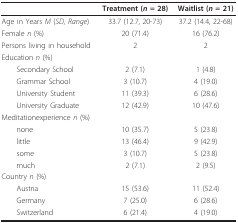
<table><thead><tr><td></td><td><b>Treatment (<i>n </i>= 28)</b></td><td><b>Waitlist (<i>n </i>= 21)</b></td></tr></thead><tbody><tr><td>Age in Years <i>M </i>(<i>SD, Range</i>)</td><td>33.7 (12.7, 20-73)</td><td>37.2 (14.4, 22-68)</td></tr><tr><td>Female <i>n </i>(%)</td><td>20 (71.4)</td><td>16 (76.2)</td></tr><tr><td>Persons living in household</td><td>2</td><td>2</td></tr><tr><td colspan="3">Education <i>n </i>(%)</td></tr><tr><td> Secondary School</td><td>2 (7.1)</td><td>1 (4.8)</td></tr><tr><td> Grammar School</td><td>3 (10.7)</td><td>4 (19.0)</td></tr><tr><td> University Student</td><td>11 (39.3)</td><td>6 (28.6)</td></tr><tr><td> University Graduate</td><td>12 (42.9)</td><td>10 (47.6)</td></tr><tr><td colspan="3">Meditationexperience <i>n </i>(%)</td></tr><tr><td> none</td><td>10 (35.7)</td><td>5 (23.8)</td></tr><tr><td> little</td><td>13 (46.4)</td><td>9 (42.9)</td></tr><tr><td> some</td><td>3 (10.7)</td><td>5 (23.8)</td></tr><tr><td> much</td><td>2 (7.1)</td><td>2 (9.5)</td></tr><tr><td colspan="3">Country <i>n </i>(%)</td></tr><tr><td> Austria</td><td>15 (53.6)</td><td>11 (52.4)</td></tr><tr><td> Germany</td><td>7 (25.0)</td><td>6 (28.6)</td></tr><tr><td> Switzerland</td><td>6 (21.4)</td><td>4 (19.0)</td></tr></tbody></table>